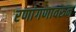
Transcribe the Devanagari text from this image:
रणांगणावरुन